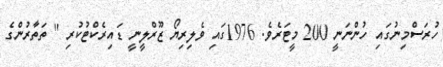
ހުރަސްމިނުގައި ހުންނަނީ 200 މީޓަރެވެ. 1976ގައި ވެލިރިޔޯ ޒޫރްލީނީ ޑައިރެކްޓުކުރި '' ތަތާރުންގެ